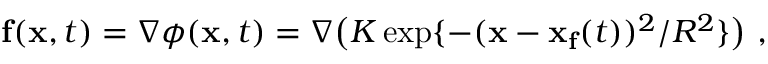
\mathbf { f } ( \mathbf { x } , t ) = \nabla \phi ( \mathbf { x } , t ) = \nabla \big ( K \exp \{ - ( \mathbf { x } - \mathbf { x _ { f } } ( t ) ) ^ { 2 } / R ^ { 2 } \} \big ) ~ ,